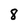
Character: 8